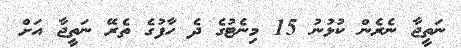
ނަތީޖާ ނެރެން ކުޅުނު 15 މިނެޓުގެ ދެ ހާފުގެ ތެރޭ ނަތީޖާ އަށް